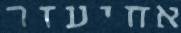
אחיעזר